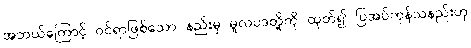
အဘယ်ကြောင့် ဝင်ရာဖြစ်သော နည်းမှ မူလပဒတို့ကို ထုတ်၍ ပြအပ်ကုန်သနည်းဟု